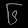
Digit: ၆